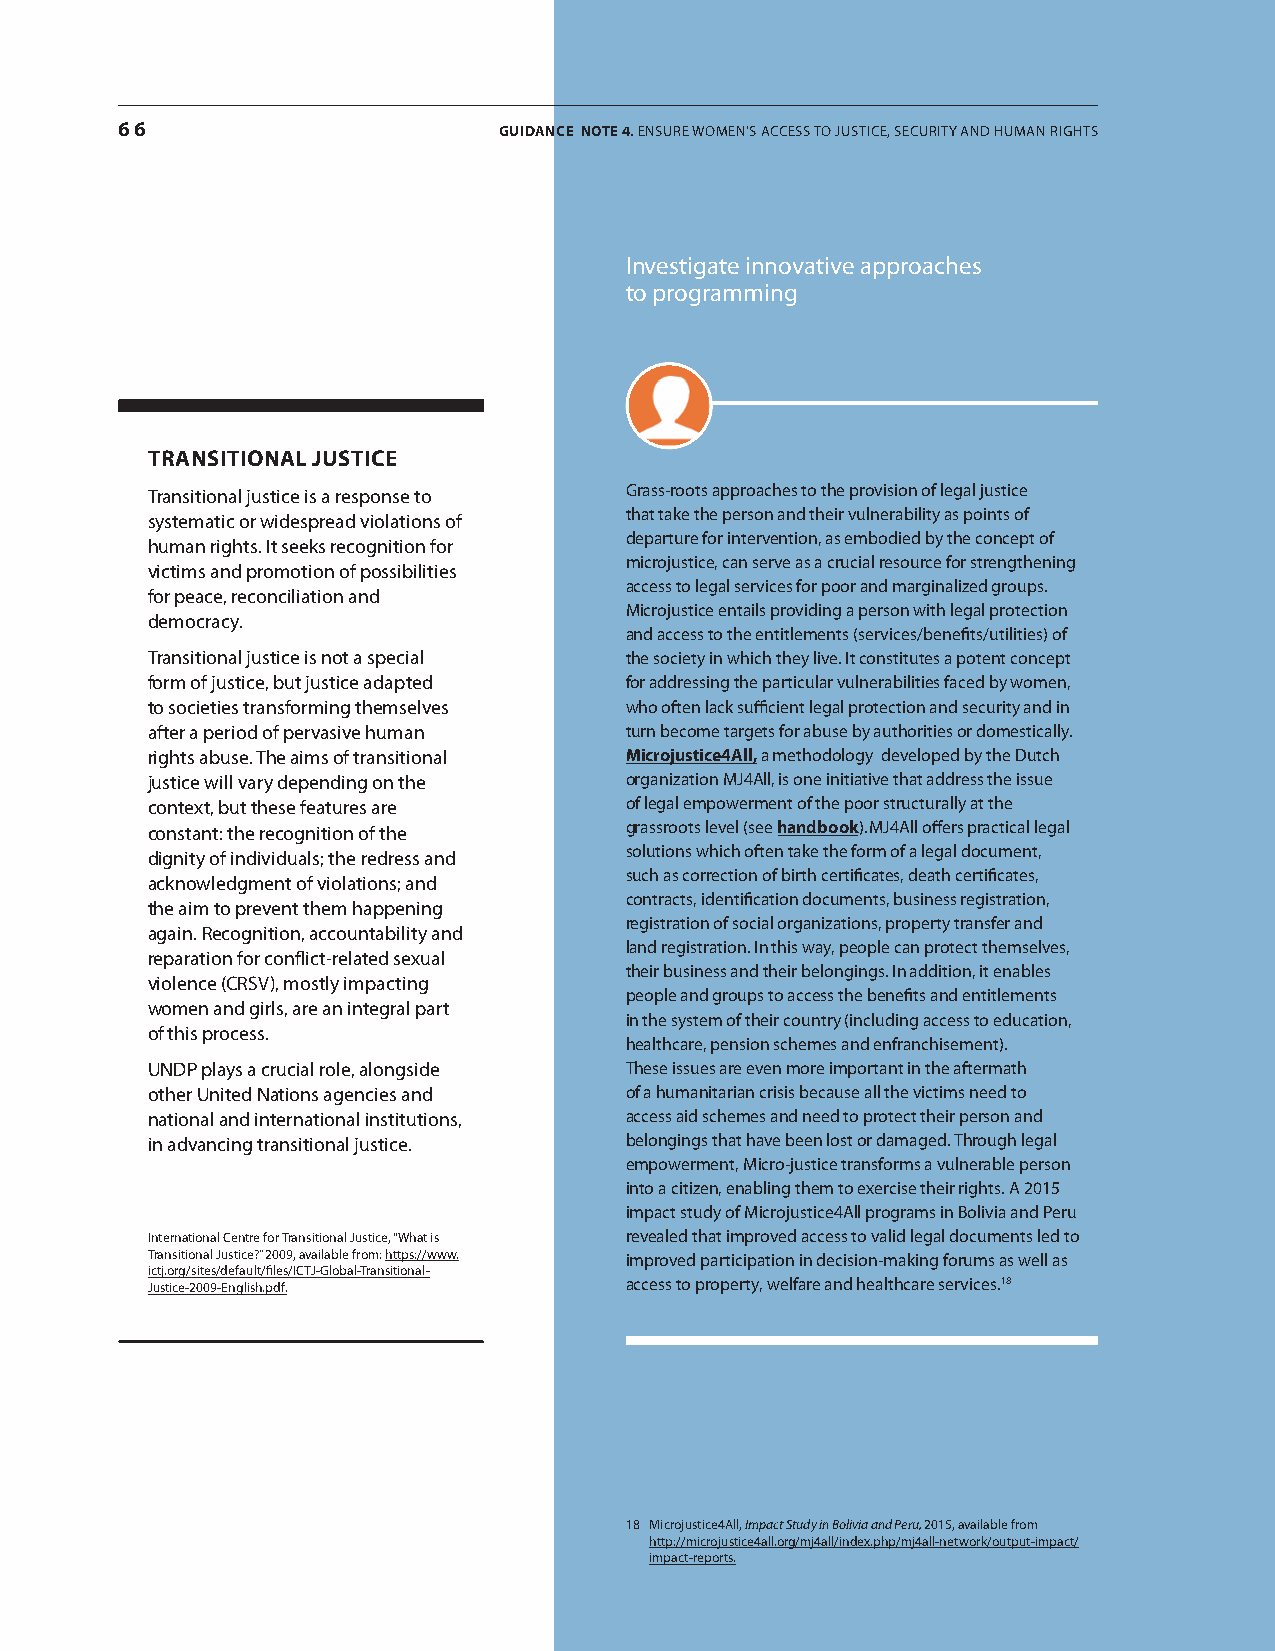
66                       GUIDANCE NotE 4. EnsurE womEn’s accEss to justicE, sEcurity and human rights
 investigate innovative approaches
 to programming
 TRAnsITIonAL jusTICE
 transitional justice is a response to grass-roots approaches to the provision of legal justice
 systematic or widespread violations of that take the person and their vulnerability as points of
 departure for intervention, as embodied by the concept of
 human rights. it seeks recognition for
 microjustice, can serve as a crucial resource for strengthening
 victims and promotion of possibilities
 access to legal services for poor and marginalized groups.
 for peace, reconciliation and
 microjustice entails providing a person with legal protection
 democracy.
 and access to the entitlements (services/benefits/utilities) of
 transitional justice is not a special the society in which they live. it constitutes a potent concept
 form of justice, but justice adapted for addressing the particular vulnerabilities faced by women,
 to societies transforming themselves who often lack sufficient legal protection and security and in
 after a period of pervasive human turn become targets for abuse by authorities or domestically.
 rights abuse. the aims of transitional microjustice4All, a methodology developed by the dutch
 justice will vary depending on the organization mj4all, is one initiative that address the issue
 context, but these features are of legal empowerment of the poor structurally at the
 constant: the recognition of the grassroots level (see handbook). MJ4All offers practical legal
 dignity of individuals; the redress and solutions which often take the form of a legal document,
 such as correction of birth certificates, death certificates,
 acknowledgment of violations; and
 contracts, identification documents, business registration,
 the aim to prevent them happening
 registration of social organizations, property transfer and
 again. recognition, accountability and
 land registration. in this way, people can protect themselves,
 reparation for conflict-related sexual
 their business and their belongings. in addition, it enables
 violence (crsv), mostly impacting
 people and groups to access the benefits and entitlements
 women and girls, are an integral part
 in the system of their country (including access to education,
 of this process.
 healthcare, pension schemes and enfranchisement).
 undP plays a crucial role, alongside these issues are even more important in the aftermath
 other united nations agencies and of a humanitarian crisis because all the victims need to
 national and international institutions, access aid schemes and need to protect their person and
 in advancing transitional justice. belongings that have been lost or damaged. through legal
 empowerment, micro-justice transforms a vulnerable person
 into a citizen, enabling them to exercise their rights. a 2015
 impact study of microjustice4all programs in Bolivia and Peru
 international centre for transitional justice, “what is revealed that improved access to valid legal documents led to
 transitional justice?” 2009, available from: https://www. improved participation in decision-making forums as well as
 ictj.org/sites/default/files/ictj-global-transitional-
 justice-2009-English.pdf.      access to property, welfare and healthcare services.18
 18 microjustice4all, Impact Study in Bolivia and Peru, 2015, available from
 http://microjustice4all.org/mj4all/index.php/mj4all-network/output-impact/
 impact-reports.